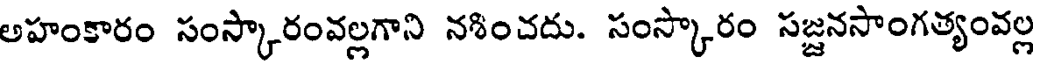
అహంకారం సంస్కారంవల్లగాని నశించదు. సంస్కారం సజ్జనసాంగత్యంవల్ల